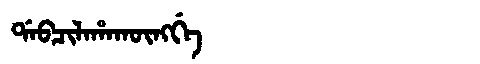
Manchu: ᡩᠠᠪᠴᡳᠯᠠᡥᠠᡴᡡᠩᡤᡝ
Romanization: DABCILAHAKŪNGGE